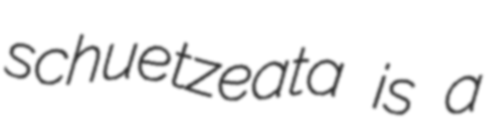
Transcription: schuetzeata is a